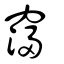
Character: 𥧲